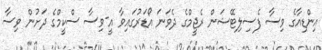
އިންޑިއާގެ ވިސާ ފެސިލިޓޭޝަން ރެޖީމްގެ ދެވަނަ އޯޑަރުގައިވާ އީ-ވިސާ ސްކީމްގެ ދަށުން ވިސާ